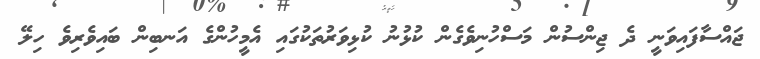
ޖައްސާފައިވަނީ ދެ ޖިންސުން މަސްހުނިވެގެން ކުޅުނު ކުޅިވަރުތަކުގައި އެމީހުންގެ އަނބިން ބައިވެރިވެ ހިލޭ